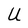
Character: U